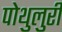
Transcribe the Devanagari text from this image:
पोथुलुरी